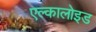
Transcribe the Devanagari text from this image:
एल्कालोइड